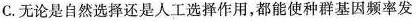
C. 无论是自然选择还是人工选择作用，都能使种群基因频率发